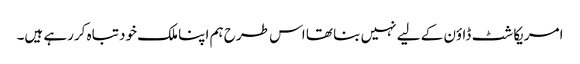
امریکا شٹ ڈاؤن کے لیے نہیں بنا تھا اس طرح ہم اپنا ملک خود تباہ کررہے ہیں۔